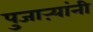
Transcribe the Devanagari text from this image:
पुजाऱ्यांनी